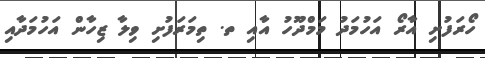
ހޯރަފުށި އާރޯ އަހުމަދު މަމްދޫހު އާއި ތ. ތިމަަރަފުށި ވިލާ ޒިހާން އަހުމަދާއި